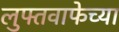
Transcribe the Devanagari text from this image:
लुफ्तवाफेच्या